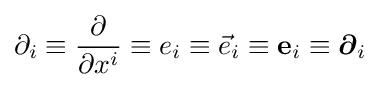
\partial _{i}\equiv {\frac {\partial }{\partial x^{i}}}\equiv e_{i}\equiv {\vec {e}}_{i}\equiv \mathbf {e} _{i}\equiv {\boldsymbol {\partial }}_{i}